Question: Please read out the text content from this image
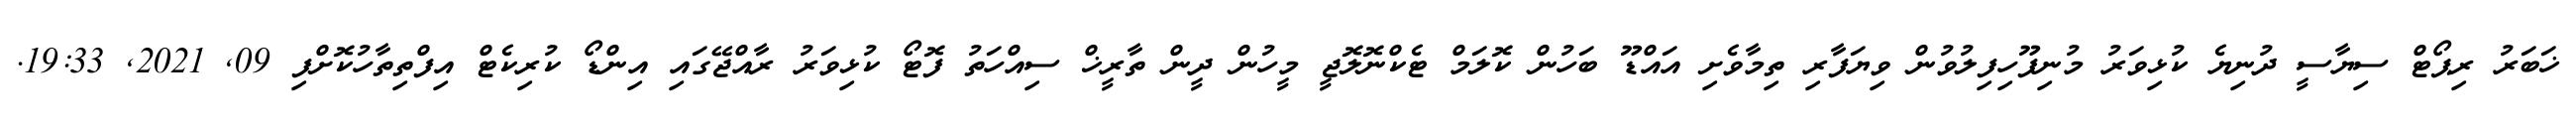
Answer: ޚަބަރު ރިޕޯޓް ސިޔާސީ ދުނިޔެ ކުޅިވަރު މުނިފޫހިފިލުވުން ވިޔަފާރި ތިމާވެށި އައްޑޫ ބަހުން ކޮލަމް ޓެކްނޮލޮޖީ މީހުން ދީން ތާރީޚް ސިއްހަތު ފޮޓޯ ކުޅިވަރު ރާއްޖޭގައި އިންޑޯ ކުރިކެޓް އިފްތިތާހުކޮށްފި 09, 2021, 19:33.